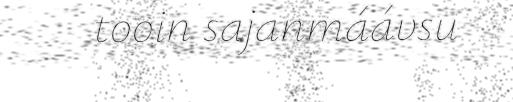
tooin sajanmáávsu